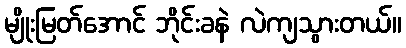
မျိုးမြတ်အောင် ဘိုင်းခနဲ လဲကျသွားတယ်။